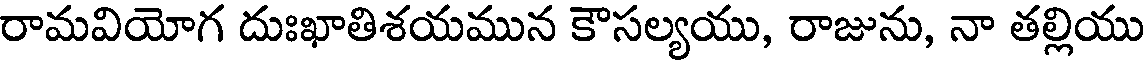
రామవియోగ దుఃఖాతిశయమున కౌసల్యయు, రాజును, నా తల్లియు